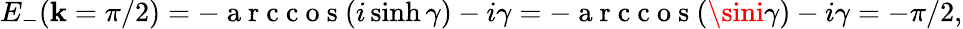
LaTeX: E_{-}(\mathbf{k}=\pi/2)=-\mathrm{{~a~r~c~c~o~s~}}(i\sinh\gamma)-i\gamma=-\mathrm{{~a~r~c~c~o~s~}}(\sini\gamma)-i\gamma=-\pi/2,